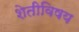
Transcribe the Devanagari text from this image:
शेतीविषय